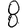
Digit: 8